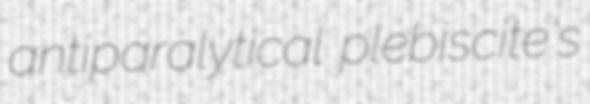
antiparalytical plebiscite's